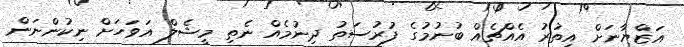
އަޒްޔާނަށް އިތުރު އެއްޗެއް ބުނުމުގެ ފުރުސަތު ދިނުމެއް ނެތި މީޝެލް އަވަހަށް ނިކުންނަން